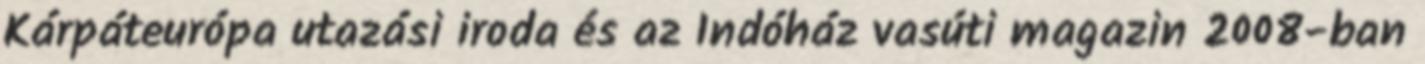
Kárpáteurópa utazási iroda és az Indóház vasúti magazin 2008-ban